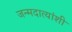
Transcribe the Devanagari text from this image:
जन्मदात्यांशी